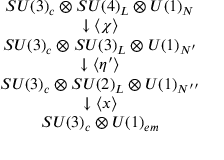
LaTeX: \begin{array} { c } { { S U ( 3 ) _ { c } \otimes S U ( 4 ) _ { L } \otimes U ( 1 ) _ { N } } } \\ { { \downarrow \langle \chi \rangle } } \\ { { S U ( 3 ) _ { c } \otimes S U ( 3 ) _ { L } \otimes U ( 1 ) _ { N ^ { \prime } } } } \\ { { \downarrow \langle \eta ^ { \prime } \rangle } } \\ { { S U ( 3 ) _ { c } \otimes S U ( 2 ) _ { L } \otimes U ( 1 ) _ { N ^ { \prime \prime } } } } \\ { { \downarrow \langle x \rangle } } \\ { { S U ( 3 ) _ { c } \otimes U ( 1 ) _ { e m } } } \end{array}